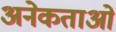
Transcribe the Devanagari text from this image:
अनेकताओं